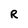
Character: R